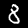
Digit: 8